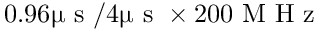
0 . 9 6 \upmu \textrm { s } / 4 \upmu \textrm { s } \times 2 0 0 \textrm { M H z }